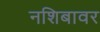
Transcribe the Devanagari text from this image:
नशिबावर